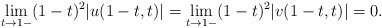
\begin{align*}\lim_{t\to 1-}(1-t)^2|u(1-t,t)|=\lim_{t\to 1-}(1-t)^2|v(1-t,t)|=0.\end{align*}